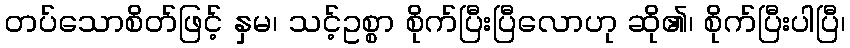
တပ်သောစိတ်ဖြင့် နှမ၊ သင့်ဥစ္စာ စိုက်ပြီးပြီလောဟု ဆို၏၊ စိုက်ပြီးပါပြီ၊